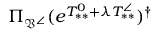
\Pi _ { \mathfrak { V } ^ { \angle } } ( e ^ { T _ { * * } ^ { 0 } + \lambda T _ { * * } ^ { \angle } } ) ^ { \dag }